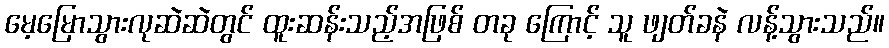
မေ့မြောသွားလုဆဲဆဲတွင် ထူးဆန်းသည့်အဖြစ် တခု ကြောင့် သူ ဖျတ်ခနဲ လန့်သွားသည်။